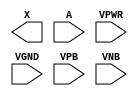
module sky130_fd_sc_hdll__bufbuf (
    X   ,
    A   ,
    VPWR,
    VGND,
    VPB ,
    VNB
);

    output X   ;
    input  A   ;
    input  VPWR;
    input  VGND;
    input  VPB ;
    input  VNB ;
endmodule